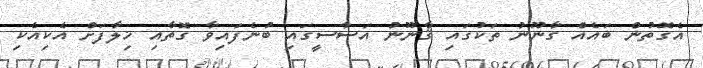
އެގޮތުން ބައެއް ގާނޫނު ތަކުގައި ޤާނޫނު އަސާސީގައި ބުނެފައިވާ ގޮތާއި ޚިލާފަށް އެކިއެކި